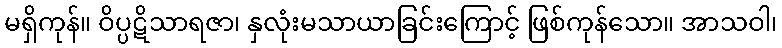
မရှိကုန်။ ဝိပ္ပဋိသာရဇာ၊ နှလုံးမသာယာခြင်းကြောင့် ဖြစ်ကုန်သော။ အာသဝါ၊